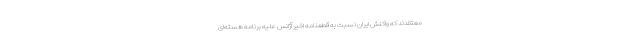
معتقدند که واکنش ایران نسبت به قطعنامه اخیر آژانس علیه برنامه هسته‌ای